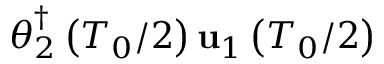
\boldsymbol { \theta } _ { 2 } ^ { \dagger } \left( T _ { 0 } / 2 \right) \mathbf { u } _ { 1 } \left( T _ { 0 } / 2 \right)